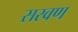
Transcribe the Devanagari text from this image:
सरवण